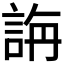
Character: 𮘍